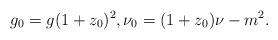
LaTeX: \begin{align*} g_0 = g(1+z_0)^2, \nu_0 = (1+z_0)\nu-m^2 .\end{align*}